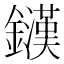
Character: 𨮟